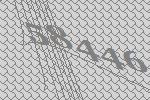
58446